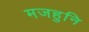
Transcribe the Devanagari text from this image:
मजहुनि